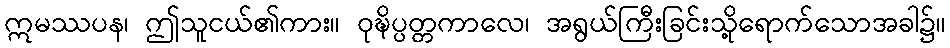
ဣမဿပန၊ ဤသူငယ်၏ကား။ ဝုဍ္ဎိပ္ပတ္တကာလေ၊ အရွယ်ကြီးခြင်းသို့ရောက်သောအခါ၌။